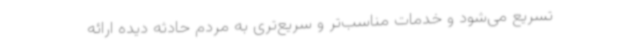
تسریع می‌شود و خدمات مناسب‌تر و سریع‌تری به مردم حادثه دیده ارائه